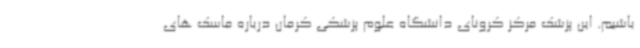
باشیم. این پزشک مرکز کرونای دانشگاه علوم پزشکی کرمان درباره ماسک های